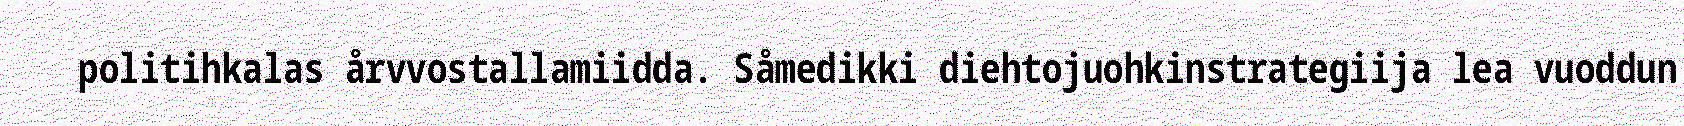
politihkalas årvvostallamiidda. Såmedikki diehtojuohkinstrategiija lea vuoddun